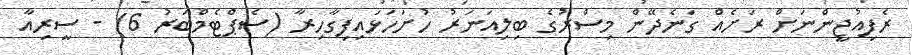
ރެފިއުޖީންނަށް ރަށެއް ގަނެދޭން މިސްރުގެ ބިލިއަނަރު ހުށަހަޅައިިފިގާހިރާ (ސެޕްޓެމްބަރު 6) - ސީރިއާ